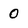
Character: 0